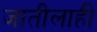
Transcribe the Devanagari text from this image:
जातीलाही